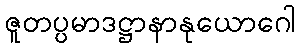
ဇူတပ္ပမာဒဋ္ဌာနာနုယောဂေါ